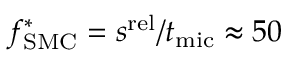
f _ { \mathrm { S M C } } ^ { * } = s ^ { \mathrm { r e l } } / t _ { \mathrm { m i c } } \approx 5 0